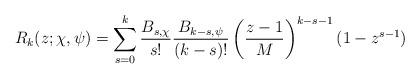
LaTeX: \begin{align*} R_k (z ; \chi, \psi) = \sum_{s = 0}^k \frac{B_{s, \chi}}{s!} \frac{B_{k - s, \psi}}{(k - s) !} \left(\frac{z - 1}{M} \right)^{k - s - 1} (1 - z^{s - 1}) \end{align*}